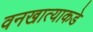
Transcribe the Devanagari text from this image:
वनखात्याकडे